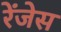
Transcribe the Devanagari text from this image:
रेंजेस